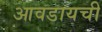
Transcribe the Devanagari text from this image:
आवडायची